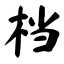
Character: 档